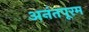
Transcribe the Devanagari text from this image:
अनंतपूरम